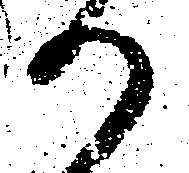
か